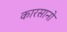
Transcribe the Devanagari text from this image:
कारसानो